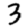
Digit: 3